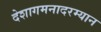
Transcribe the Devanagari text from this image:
देशागमनादरम्यान